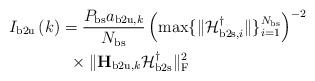
LaTeX: \begin{align*}I_{\mathrm{b2u}} \left( k \right) & = \frac{P_{\mathrm{bs}} a_{\mathrm{b2u},k}}{N_{\mathrm{bs}}} \left(\max \{ \|\mathcal{H}^{\dagger}_{\mathrm{b2s},i} \| \}_{i=1}^{N_{\mathrm{bs}}} \right)^{-2} \\ & \,\,\, \times \| \mathbf{H}_{\mathrm{b2u},k} \mathcal{H}^{\dagger}_{\mathrm{b2s}} \|_\mathrm{F}^2 \end{align*}